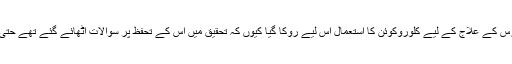
04 جون2020ء)عالمی ادارہ صحت نے اعلان کیاہے کہ اس کی جانب سے کورونا وائرس کے علاج کے لیے کلوروکوئن کا استعمال اس لیے روکا گیا کیوں کہ تحقیق میں اس کے تحفظ پر سوالات اٹھائے گئے تھے حتیٰ کہ ایک تحقیق میں یہ تک کہا گیا تھا کہ اس سے اموات کے خطرے میں اضافہ ہوا ہے۔